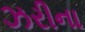
ઝરીના